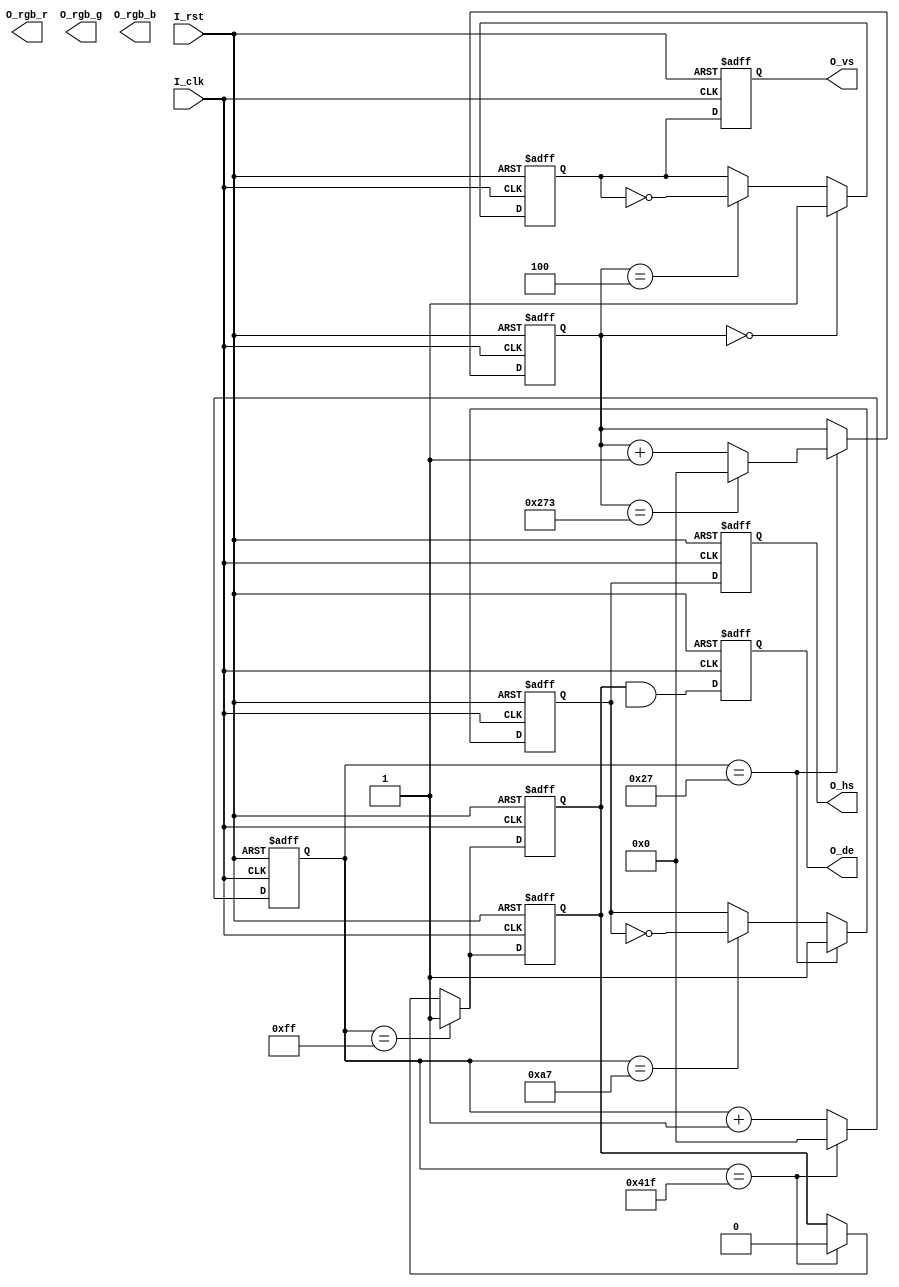
`timescale 1ns / 1ps
//////////////////////////////////////////////////////////////////////////////////
// Company: 
// Engineer: 
// 
// Design Name: 
// Module Name: HDMI_lab
// Project Name: 
// Target Devices: 
// Tool Versions: 
// Description: 
// 
// Dependencies: 
// 
// Revision:
// Revision 0.01 - File Created
// Additional Comments:
// 
//////////////////////////////////////////////////////////////////////////////////


module HDMI_lab(
    input       I_clk,    
    input       I_rst,    
    output      O_hs,    
    output      O_vs,
    output      O_de,   //video vaild
    output[7:0] O_rgb_r,
    output[7:0] O_rgb_g,
    output[7:0] O_rgb_b
    );



//vide timing parameter        
`define video_800_600

//1280*720
`ifdef video_1280_720
parameter       H_active     =      16'd1200;
parameter       H_fp         =      16'd110;
parameter       H_sync       =      16'd40;
parameter       H_bp         =      16'd220;
parameter       V_active     =      16'd720;
parameter       V_fp         =      16'd5;
parameter       V_sync       =      16'd20;
parameter       V_bp         =      16'd20;
parameter       Hs_pol       =      1'b1;       
parameter       Vs_pol       =      1'b1;
`endif

//640*480   25.175Mhz
`ifdef video_640_280
parameter       H_active     =      16'd640;
parameter       H_fp         =      16'd16;
parameter       H_sync       =      16'd96;
parameter       H_bp         =      16'd48;
parameter       V_active     =      16'd480;
parameter       V_fp         =      16'd10;
parameter       V_sync       =      16'd2;
parameter       V_bp         =      16'd22;
parameter       Hs_pol       =      1'b0;       
parameter       Vs_pol       =      1'b0;
`endif


//800*600   40Mhz
`ifdef video_800_600
parameter       H_active     =      16'd800;
parameter       H_fp         =      16'd40;
parameter       H_sync       =      16'd128;
parameter       H_bp         =      16'd88;
parameter       V_active     =      16'd600;
parameter       V_fp         =      16'd1;
parameter       V_sync       =      16'd4;
parameter       V_bp         =      16'd23;
parameter       Hs_pol       =      1'b1;       
parameter       Vs_pol       =      1'b1;
`endif

//1024*768 65Mhz
`ifdef video_1024_768
parameter       H_active     =      16'd1024;
parameter       H_fp         =      16'd24;
parameter       H_sync       =      16'd136;
parameter       H_bp         =      16'd160;
parameter       V_active     =      16'd768;
parameter       V_fp         =      16'd3;
parameter       V_sync       =      16'd6;
parameter       V_bp         =      16'd29;
parameter       Hs_pol       =      1'b0;       
parameter       Vs_pol       =      1'b0;
`endif

//1920*1080 148.5Mhz
`ifdef video_1920_1080
parameter       H_active     =      16'd1920;
parameter       H_fp         =      16'd88;
parameter       H_sync       =      16'd44;
parameter       H_bp         =      16'd148;
parameter       V_active     =      16'd1080;
parameter       V_fp         =      16'd4;
parameter       V_sync       =      16'd5;
parameter       V_bp         =      16'd36;
parameter       Hs_pol       =      1'b1;       
parameter       Vs_pol       =      1'b1;
`endif

parameter       H_TOTAL = H_active + H_fp + H_sync + H_bp;
parameter       V_TOTAL = V_active + V_fp + V_sync + V_bp;

//reg
reg     h_syns;         //horizontal sync register
reg     v_syns;         //vertical sync register
reg     h_syns_d0;      //deley one clock
reg     v_syns_d0;      //deley one clock
reg[11:0]       h_cnt;
reg[11:0]       v_cnt;
reg[11:0]       active_x;   //vedio  x position
reg[11:0]       active_y;   //video  v position
reg[7:0]        rgb_r_reg;
reg[7:0]        rgb_g_reg;
reg[7:0]        rgb_b_reg;
reg     h_active;
reg     v_active;
wire    W_act_Flag;
reg     W_act_Flag_d0;      //deley one clock

assign  O_hs = h_syns_d0;
assign  O_vs = v_syns_d0;
assign  W_act_Flag = h_active & v_active;
assign  O_de = W_act_Flag_d0;

assign O_rgb_r  =     rgb_r_reg;
assign O_rgb_g  =     rgb_g_reg;
assign O_rgb_b  =     rgb_b_reg;

//output logic
always@(posedge I_clk or posedge I_rst)
begin
    if(I_rst)
        begin
            h_syns_d0   <=  1'b0;
            v_syns_d0   <=  1'b0;
            W_act_Flag_d0      <=   1'b0;
        end
    else
        begin
            h_syns_d0   <=  h_syns; 
            v_syns_d0   <=  v_syns; 
            W_act_Flag_d0      <= W_act_Flag;
        end    
end

//horizontal L:ogic

//counter maximunm logic
always@(posedge I_clk or posedge I_rst)
begin
    if(I_rst)
        h_cnt <= 12'd0;
    else if(h_cnt == H_TOTAL - 12'd1)   //horizontal counter maximun value
        h_cnt   <=  12'd0;
    else
        h_cnt <= h_cnt + 12'd1;            
end

//active horizontal logic
always@(posedge I_clk or posedge I_rst)
begin
    if(I_rst)
        active_x <= 12'd0;
    else if(h_cnt >= H_fp + H_sync + H_bp - 12'd1)//horizontal active 
        active_x <= h_cnt - (H_fp[11:0] + H_sync[11:0] + H_bp[11:0] - 12'd1);
    else
        active_x <= active_x;    
end


//vertical output logic
//vcnt logic
always@(posedge I_clk or posedge I_rst)
begin
    if(I_rst)
        v_cnt <= 12'd0;
    else if(h_cnt == H_fp - 12'd1) // horizotal sync time 
        if(v_cnt == V_TOTAL - 12'd1) //vertical counter
            v_cnt <= 12'd0;
        else
            v_cnt <= v_cnt + 12'd1;
    else 
        v_cnt <= v_cnt;                
end

//horizontal sync process 

always@(posedge I_clk or posedge I_rst)
begin
    if(I_rst)
        h_syns <= 1'b0;
    else if(h_cnt == H_fp - 12'd1) // horizontal sync begin
    begin
        h_syns <= Hs_pol;
    end    
    else if(h_cnt == H_fp + H_sync - 12'd1)//horizontal sync end
    begin
        h_syns <= ~h_syns;
    end
    else 
        h_syns <= h_syns;           
end

//horizontal active process
always@(posedge I_clk or posedge I_rst)
begin
    if(I_rst)
        h_active <= 1'b0;
    else if(h_cnt == H_fp + H_sync + H_bp - 12'd1)//horizontal active begin
        h_active <= 1'b1;
    else if(h_cnt == H_TOTAL - 12'd1)//horizontal active end
        h_active <= 1'b0;
    else
        h_active <= h_active;            
end

//vertical sync process
always@(posedge I_clk or posedge I_rst)
begin
    if(I_rst)
        v_syns <= 1'b0;
    else if(v_cnt == V_fp - 12'd1) // vertical sync begin
    begin
        v_syns <= Vs_pol;
    end    
    else if(v_cnt == V_fp + V_sync - 12'd1)//vertical sync end
    begin
        v_syns <= ~v_syns;
    end
    else
        v_syns <= v_syns;
end     

// verticalactive process
always@(posedge I_clk or posedge I_rst)
begin
    if(I_rst)
        h_active <= 1'b0;
    else if(h_cnt == H_fp + H_sync + H_bp - 12'd1)//horizontal active begin
        h_active <= 1'b1;
    else if(h_cnt == H_TOTAL - 12'd1)//horizontal active end
        h_active <= 1'b0;
    else
        h_active <= h_active;            
end

endmodule